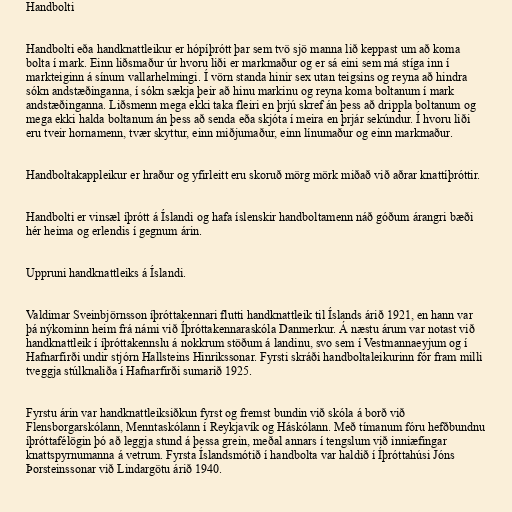
Handbolti

Handbolti eða handknattleikur er hópíþrótt þar sem tvö sjö manna lið keppast um að koma
bolta í mark. Einn liðsmaður úr hvoru liði er markmaður og er sá eini sem má stíga inn í
markteiginn á sínum vallarhelmingi. Í vörn standa hinir sex utan teigsins og reyna að hindra
sókn andstæðinganna, í sókn sækja þeir að hinu markinu og reyna koma boltanum í mark
andstæðinganna. Liðsmenn mega ekki taka fleiri en þrjú skref án þess að drippla boltanum og
mega ekki halda boltanum án þess að senda eða skjóta í meira en þrjár sekúndur. Í hvoru liði
eru tveir hornamenn, tvær skyttur, einn miðjumaður, einn línumaður og einn markmaður.

Handboltakappleikur er hraður og yfirleitt eru skoruð mörg mörk miðað við aðrar knattíþróttir.

Handbolti er vinsæl íþrótt á Íslandi og hafa íslenskir handboltamenn náð góðum árangri bæði
hér heima og erlendis í gegnum árin.

Uppruni handknattleiks á Íslandi.

Valdimar Sveinbjörnsson íþróttakennari flutti handknattleik til Íslands árið 1921, en hann var
þá nýkominn heim frá námi við Íþróttakennaraskóla Danmerkur. Á næstu árum var notast við
handknattleik í íþróttakennslu á nokkrum stöðum á landinu, svo sem í Vestmannaeyjum og í
Hafnarfirði undir stjórn Hallsteins Hinrikssonar. Fyrsti skráði handboltaleikurinn fór fram milli
tveggja stúlknaliða í Hafnarfirði sumarið 1925.

Fyrstu árin var handknattleiksiðkun fyrst og fremst bundin við skóla á borð við
Flensborgarskólann, Menntaskólann í Reykjavík og Háskólann. Með tímanum fóru hefðbundnu
íþróttafélögin þó að leggja stund á þessa grein, meðal annars í tengslum við inniæfingar
knattspyrnumanna á vetrum. Fyrsta Íslandsmótið í handbolta var haldið í Íþróttahúsi Jóns
Þorsteinssonar við Lindargötu árið 1940.